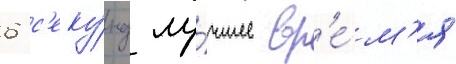
6 с'еку́нд лу́чшее вр'е́м'я